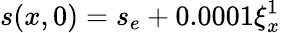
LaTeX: s(x,0)=s_{e}+0.0001\xi_{x}^{1}